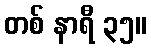
တစ် နာရီ ၃၅။